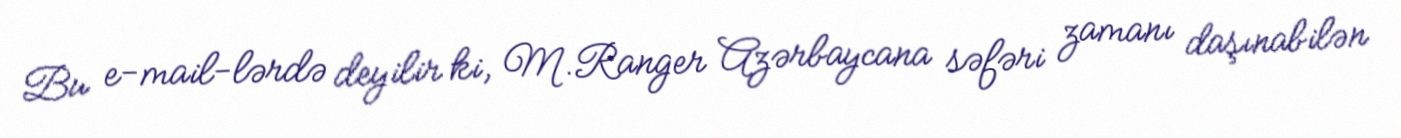
Bu e-mail-lərdə deyilir ki, M.Ranger Azərbaycana səfəri zamanı daşınabilən